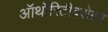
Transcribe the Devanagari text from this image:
ऑथॉरिटीबरोबर